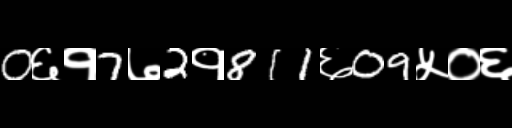
Text: 0६१7७2१811६09५०६